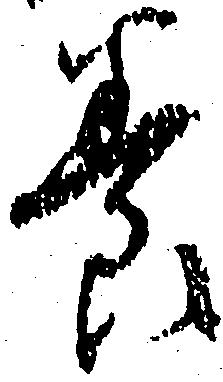
養